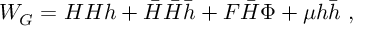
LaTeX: W _ { G } = H H h + \bar { H } \bar { H } \bar { h } + F \bar { H } \Phi + \mu h \bar { h } \ ,